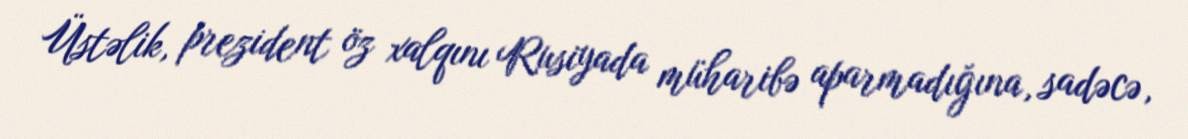
Üstəlik, prezident öz xalqını Rusiyada müharibə aparmadığına, sadəcə,